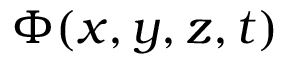
\Phi ( x , y , z , t )